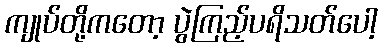
ကျုပ်တို့ကတော့ ပွဲကြည့်ပရိသတ်ပေါ့